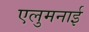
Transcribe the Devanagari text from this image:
एलुमनाई